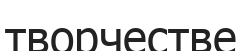
творчестве